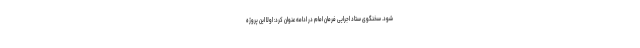
شود. سخنگوی ستاد اجرایی فرمان امام در ادامه عنوان کرد: اولا این پروژه